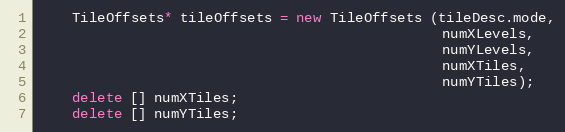
Language: C++
    TileOffsets* tileOffsets = new TileOffsets (tileDesc.mode,
                                                numXLevels,
                                                numYLevels,
                                                numXTiles,
                                                numYTiles);
    delete [] numXTiles;
    delete [] numYTiles;